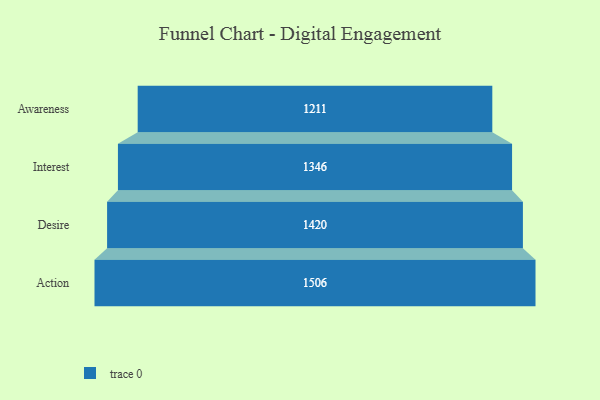
{"axis": {"x": "Stage", "y": "Value"}, "legend": [""], "data": [{"x": "Awareness", "y": 1211.0, "type": ""}, {"x": "Interest", "y": 1346.0, "type": ""}, {"x": "Desire", "y": 1420.0, "type": ""}, {"x": "Action", "y": 1506.0, "type": ""}]}